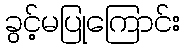
ခွင့်မပြုကြောင်း